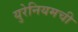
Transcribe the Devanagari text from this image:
युरेनियमची